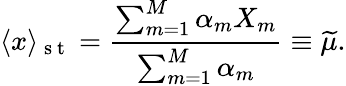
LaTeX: \langle x\rangle_{\mathrm{~s~t~}}=\frac{\sum_{m=1}^{M}\alpha_{m}X_{m}}{\sum_{m=1}^{M}\alpha_{m}}\equiv\widetilde{\mu}.